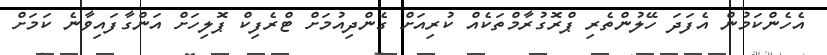
އެހެންކަމުން އެފަދަ ހޭލުންތެރި ޕްރޮގުރާމްތަކެއް ކުރިއަށް ގެންދިއުމަށް ޓްރެފިކް ޕޮލިހަށް އަންގާފައިވާނެ ކަމަށް